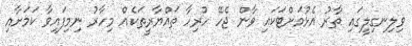
ވިލިނގިލީގައި ތާރު އެޅުމަށްޓަކައި ވާން ޖެހޭ ހުރިހާ ތައްޔާރީތަކެއް މިހާރު ނިމިފައިވާ ކަމަށާއި